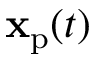
\mathbf { x } _ { \mathrm { p } } ( t )